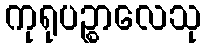
ကုရုပဉ္စာလေသု